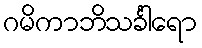
ဂမိကာဘိသင်္ခါရော